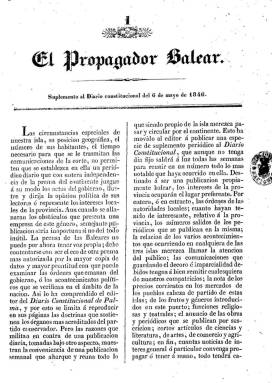
Título: El Propagador balear (Palma. 1846)
Otros títulos: Suplemento al Diario constitucional
Colección: Periódicos anteriores a 1850
Ámbito geográfico: Baleares
Lugar de publicación: Palma
Fechas: 06/05/1846-10/11/1847

Suplemento al Diario Constitucional es el subtítulo de este periódico –seguido de la fecha de aparición de cada número–, que Felipe Guasp Barbieri, como editor responsable, y su hijo, Juan Guasp Pascual, quien en 1837 había tomado las riendas del establecimiento tipográfico familiar –que en este momento recibe el nombre de Imprenta Nacional–, y, probablemente, su principal redactor, comienzan a publicar a partir del seis de mayo de 1846. Ya en 1837 desde la misma imprenta y redactado también por Juan Guasp, había sido publicado igual título, que volverá a aparecer también en 1856-1857 y en 1862-1863. En este caso, a partir de 1846 padre e hijo distribuirán gratuitamente El Propagador balear a los suscriptores de su Diario constitucional de Palma –que seguirá teniendo asimismo breves variaciones en su cabecera–, adscrito al partido conservador. Su fin era hacer una “publicación propiamente balear”, reuniendo en cada entrega semanal –aunque sin día fijo de salida– lo más notable que ocurriera en su marco geográfico, ocupando un “lugar preferente” lo que afectara a los intereses de la provincia, y que sirviera para su conocimiento y difusión fuera de las islas Baleares.

Las entregas son de ocho páginas, compuestas a dos columnas, en un formato en 4º mayor. Son estructuradas en secciones, comenzando con la denominada Publicaciones oficiales, en donde se da cuenta de las órdenes, instrucciones y circulares de las autoridades gubernamentales, locales y de la diputación aparecidas general y previamente en el Boletín oficial de la provincia. Le sigue la sección Estado de la prensa, que posteriormente denomina Espíritu de la prensa, para informar de la vida de los periódicos o revistas isleñas y reseñar sus contenidos. Una tercera sección la denomina Gacetín, comunicados y de redacción, en donde inserta noticias de otros acontecimientos y sucesos locales y da cabida a artículos comunicados.

Otra sección fija lleva el epígrafe Reseña teatral, sobre las funciones de las compañías en la ciudad, y cuya autoría es atribuida a Ramón Medel (-1877). Publica asimismo los precios corrientes de los productos en los mercados de los pueblos cabeza de partido de las islas, y el movimiento portuario y las mercancías importadas, y otros datos estadísticos. Bajo el epígrafe Boletín de anuncios, ofrece los relativos a las suscripciones y obras en venta en las propias librerías de Guasp. Entre sus cortos artículos los hay referidos a literatura, artes, historia, ciencias, comercio y agricultura, e inserta textos de creación literaria, como son unas composiciones poéticas, escritas en lengua mallorquina, por el lingüista y uno de los fundadores de la Renaixença Mariano Aguiló Fúster (1825-1897), entre otros, contribuyendo así al resurgimiento de la poesía y las letras mallorquinas.

Durante 1846 aparecieron 33 entregas, y en 1847 reinicia su secuencia, alcanzando la colección de la Biblioteca Nacional de España hasta el número 43, correspondiente al diez de noviembre de ese año. Siguiendo lo señalado por Bover (1862) –que también es colaborador de El Propagador–, se conocen 27 números del año 1848 de Almacén de frutos literarios: propagador balear semanal, que considera como la tercera serie anual de El Propagador... También da cuenta de otros Suplementos al Diario constitucional y al Diario de Palma, como ediciones “para el continente”, extraídos “de los periódicos de esta capital”, que llegan hasta 1853 y que redactaba también Juan Guasp Pascual, hasta que, debido a su pronto fallecimiento, su padre hubo de hacerse de nuevo con las riendas de los negocios familiares.